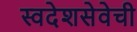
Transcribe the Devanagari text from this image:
स्वदेशसेवेची